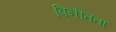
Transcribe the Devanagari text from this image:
विनीतता